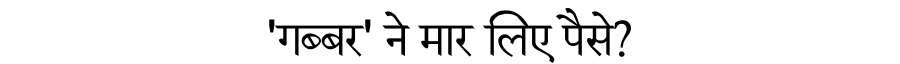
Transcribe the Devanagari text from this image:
'गब्बर' ने मार लिए पैसे?